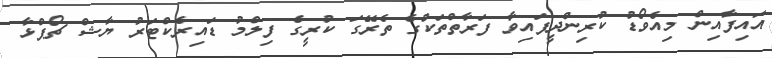
އައިފާއިން މިއެވޯޑު ކުރިންދީފައިވާ ފަރާތްތަކުގެ ތެރޭގަ ކުރީގެ ފިލްމު ޑައިރެކްޓަރު ޔާޝް ޗޯޕްޅާ